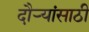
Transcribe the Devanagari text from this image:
दौर्‍यांसाठी